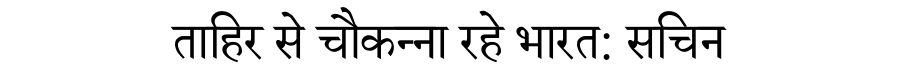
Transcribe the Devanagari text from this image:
ताहिर से चौकन्ना रहे भारत: सचिन